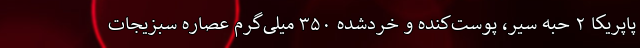
پاپریکا ۲ حبه سیر، پوست‌کنده و خردشده ۳۵۰ میلی‌گرم عصاره سبزیجات